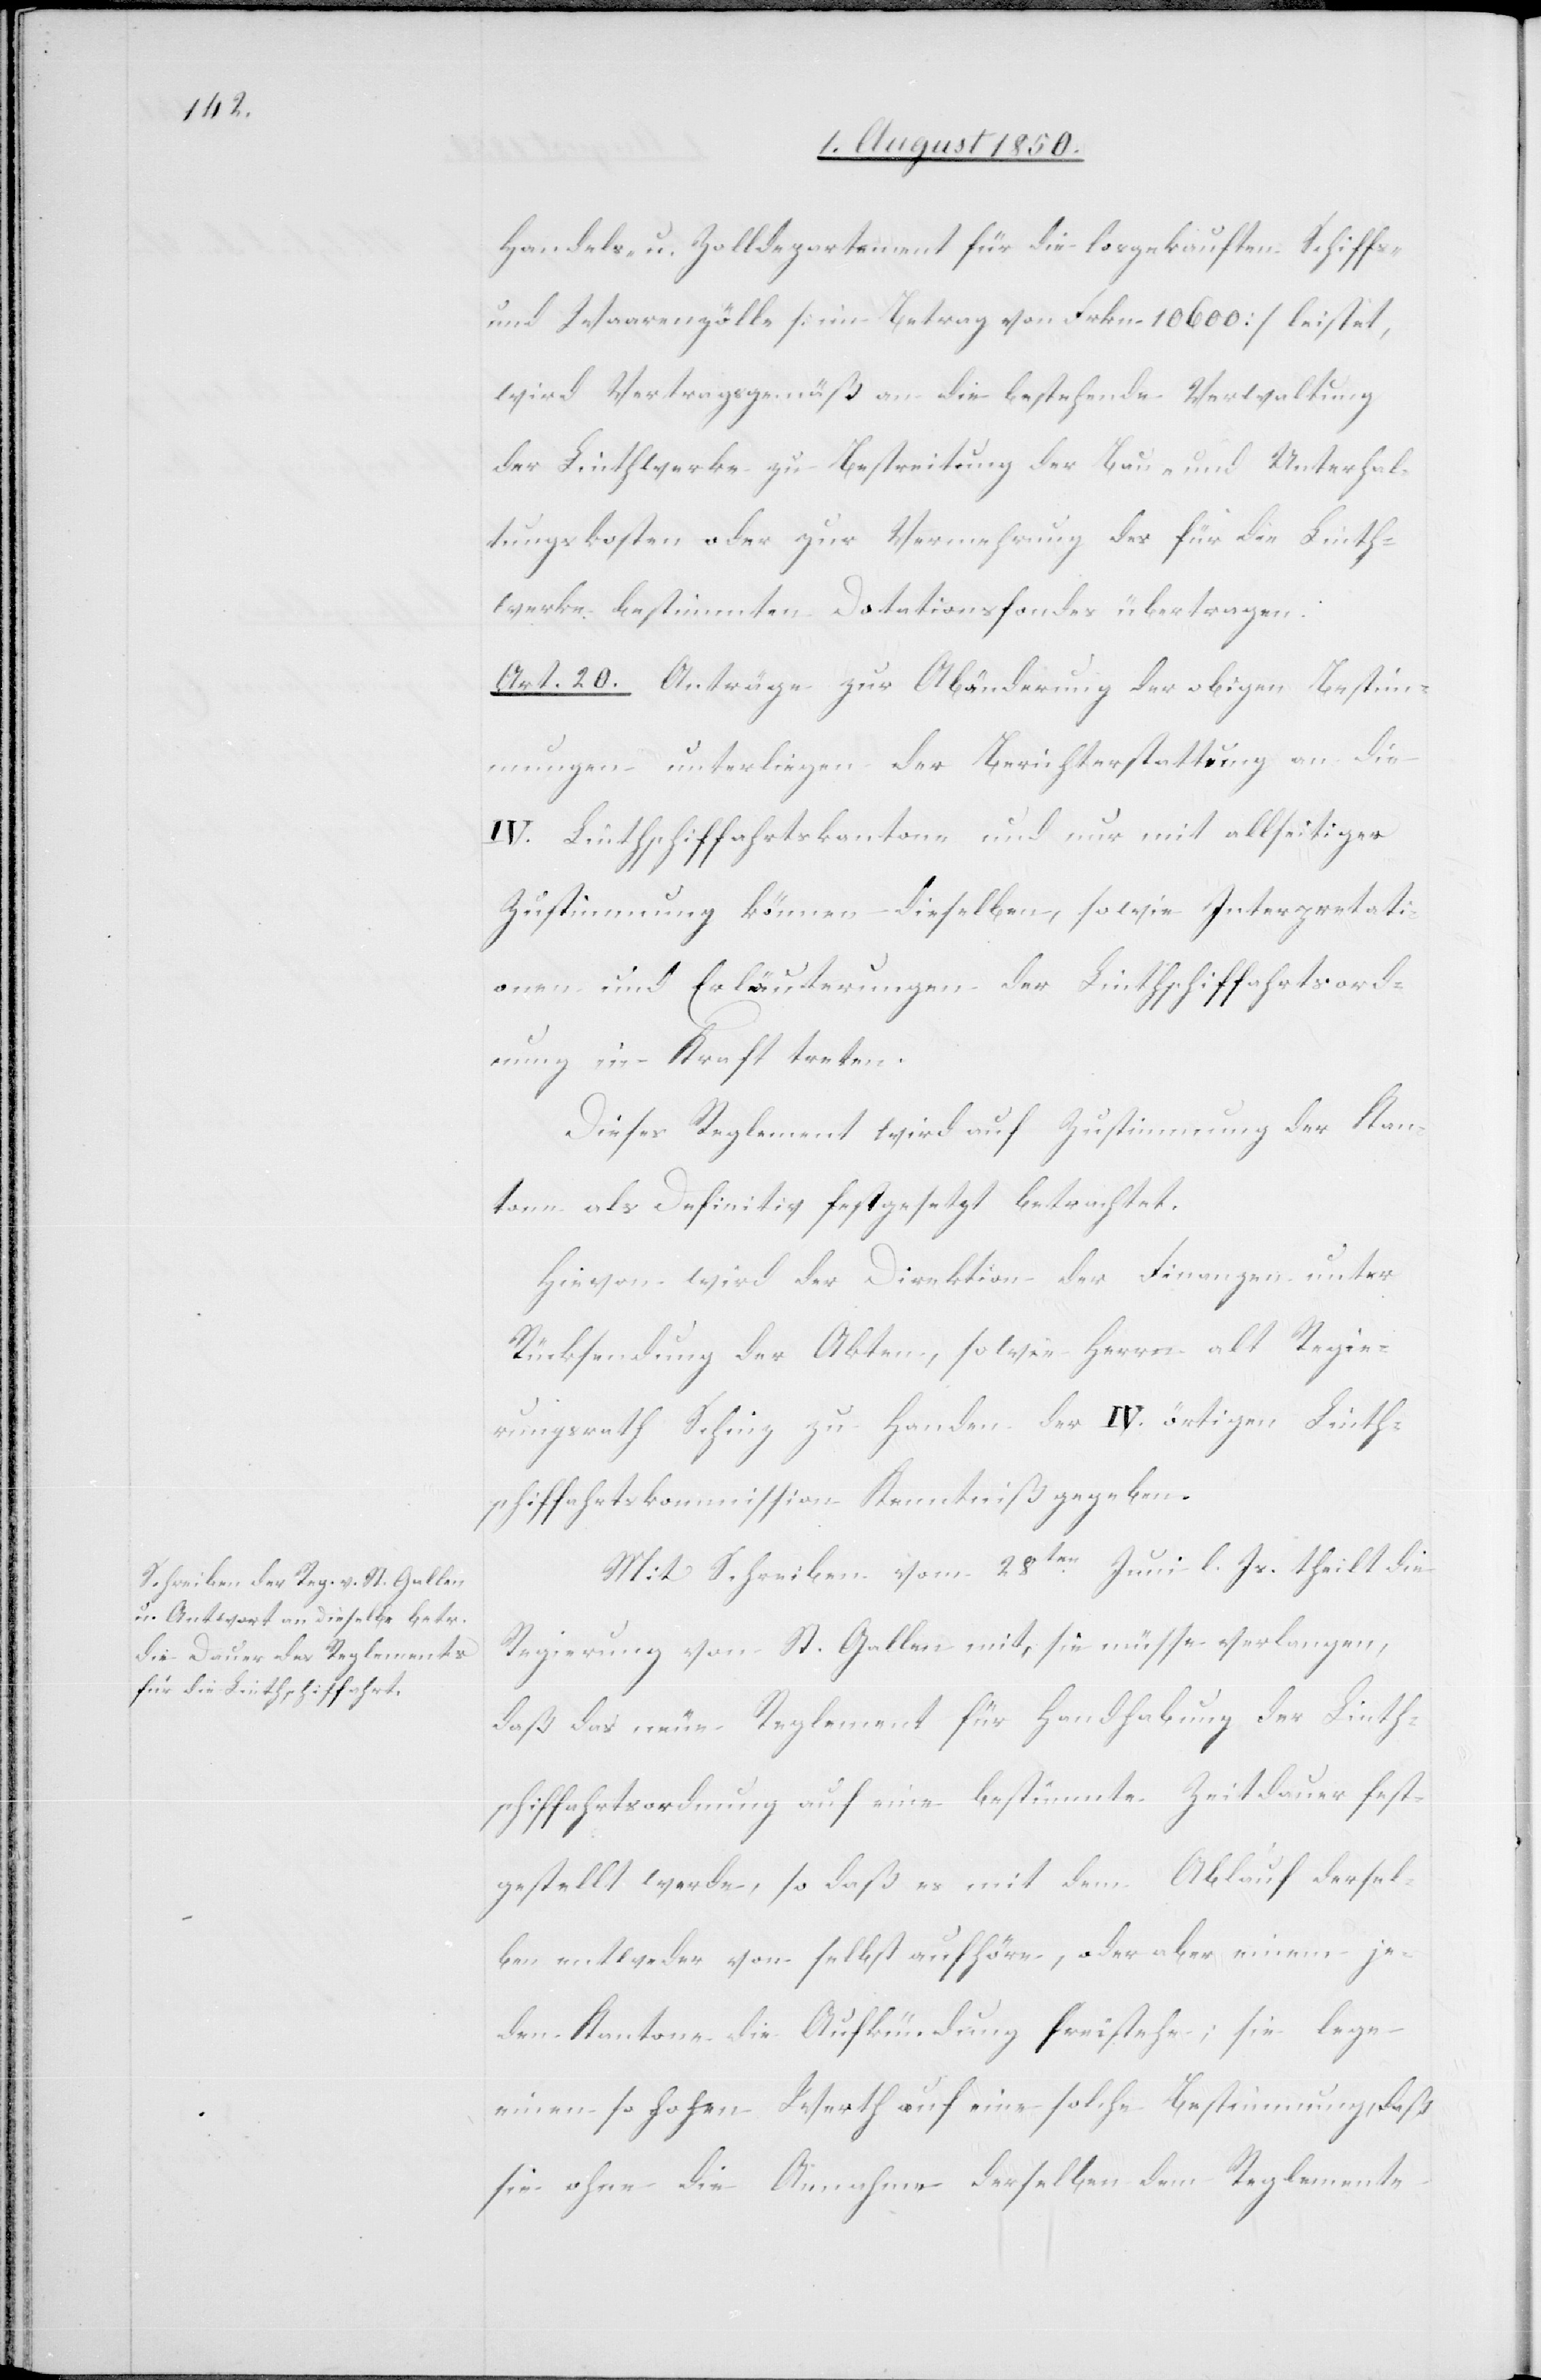
Handels- u. Zolldepartement für die losgekauften Schiffs-
und Waarenzölle [im Betrag von Frkn. 10 600] leistet,
wird Vertragsgemäß an die bestehende Verwaltung
der Linthwerke zu Bestreitung der Bau- und Unterhal¬
tungskosten oder zur Vermehrung des für die Linth¬
werke bestimmten Dotationsfondes übertragen.
Art. 20. Anträge zur Abänderung der obigen Bestim¬
mungen unterliegen der Berichterstattung an die
IV. Linthschiffahrtskantone und nur mit allseitiger
Zustimmung können dieselben, sowie Interpretati¬
onen und Erläuterungen der Linthschiffahrtsord¬
nung in Kraft treten.
Dieses Reglement wird auf Zustimmung der Kan¬
tone als Definitiv festgesetzt betrachtet.
Hievon wird der Direktion der Finanzen unter
Rücksendung der Akten, sowie Herrn alt Regie¬
rungsrath Schinz zu Handen der IV. örtigen Linth¬
schiffahrtskommission Kenntniß gegeben.
Mit Schreiben vom 28ten Juni l. Js. theilt die
Regierung von St. Gallen mit, sie müsse verlangen,
daß das neue Reglement für Handhabung der Linth¬
schiffahrtsordnung auf eine bestimmte Zeitdauer fest¬
gestellt werde, so daß es mit dem Ablauf dersel¬
ben entweder von selbst aufhöre, oder aber einem je¬
den Kantone die Aufkündung freistehe; sie lege
einen so hohen Werth auf eine solche Bestimmung, daß
sie ohne die Annahme derselben dem Reglemente